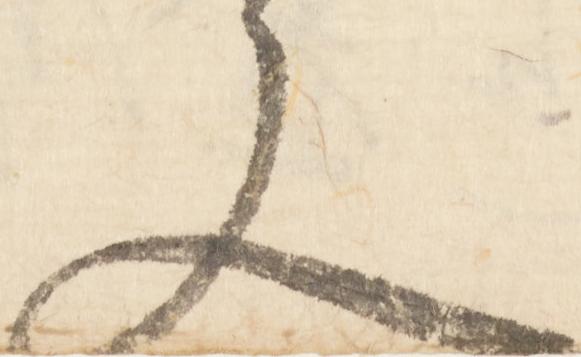
文